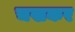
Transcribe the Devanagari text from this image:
चखकर